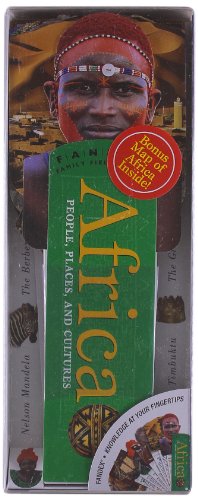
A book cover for Fandex Family Field Guides: Africa; Alex Katis; Children's Books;